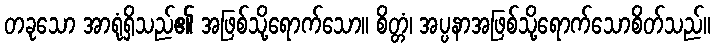
တခုသော အာရုံရှိသည်၏ အဖြစ်သို့ရောက်သော။ စိတ္တံ၊ အပ္ပနာအဖြစ်သို့ရောက်သောစိတ်သည်။